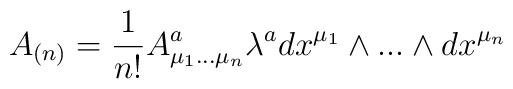
A_{(n)}={1\over n!} A^{a}_{\mu_{1}...\mu_{n}} \lambda^{a} dx^{\mu_{1}}\wedge...\wedge dx^{\mu_{n}}